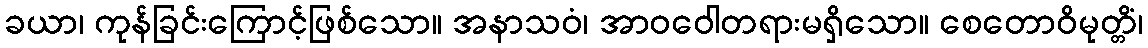
ခယာ၊ ကုန်ခြင်းကြောင့်ဖြစ်သော။ အနာသဝံ၊ အာဝဝေါတရားမရှိသော။ စေတောဝိမုတ္တိံ၊